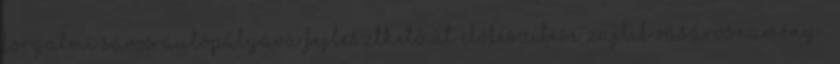
forgalmi sávos autópályává fejleszthető út előkészítése zajlik Vásárosnamény –